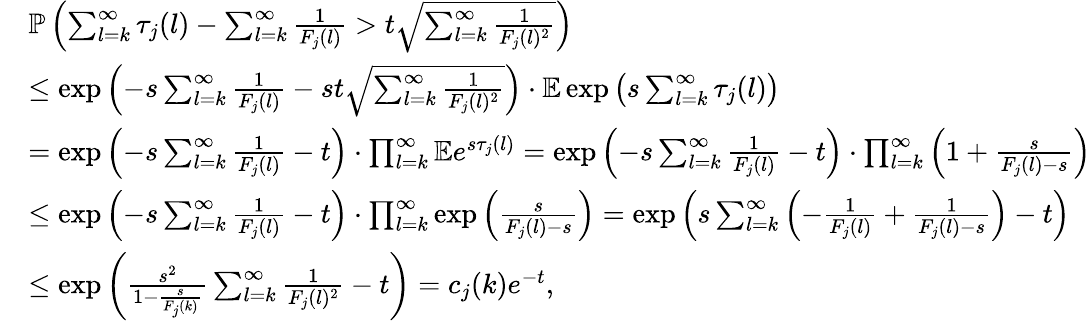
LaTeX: \begin{array}{rl}&{\mathbb{P}\left(\sum_{l=k}^{\infty}\tau_{j}(l)-\sum_{l=k}^{\infty}\frac{1}{F_{j}(l)}>t\sqrt{\sum_{l=k}^{\infty}\frac{1}{F_{j}(l)^{2}}}\right)}\\ &{\le\exp\left(-s\sum_{l=k}^{\infty}\frac{1}{F_{j}(l)}-st\sqrt{\sum_{l=k}^{\infty}\frac{1}{F_{j}(l)^{2}}}\right)\cdot\mathbb{E}\exp\left(s\sum_{l=k}^{\infty}\tau_{j}(l)\right)}\\ &{=\exp\left(-s\sum_{l=k}^{\infty}\frac{1}{F_{j}(l)}-t\right)\cdot\prod_{l=k}^{\infty}\mathbb{E}e^{s\tau_{j}(l)}=\exp\left(-s\sum_{l=k}^{\infty}\frac{1}{F_{j}(l)}-t\right)\cdot\prod_{l=k}^{\infty}\left(1+\frac{s}{F_{j}(l)-s}\right)}\\ &{\le\exp\left(-s\sum_{l=k}^{\infty}\frac{1}{F_{j}(l)}-t\right)\cdot\prod_{l=k}^{\infty}\exp\left(\frac{s}{F_{j}(l)-s}\right)=\exp\left(s\sum_{l=k}^{\infty}\left(-\frac{1}{F_{j}(l)}+\frac{1}{F_{j}(l)-s}\right)-t\right)}\\ &{\le\exp\left(\frac{s^{2}}{1-\frac{s}{F_{j}(k)}}\sum_{l=k}^{\infty}\frac{1}{F_{j}(l)^{2}}-t\right)=c_{j}(k)e^{-t},}\end{array}